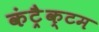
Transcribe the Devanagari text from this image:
कंट्रैक्टम